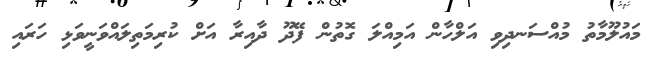
މައުލޫމާތު މުއްސަނދިވި އަލްހާން އަމިއްލަ ގޮތުން ފޭދޫ ދާއިރާ އަށް ކުރިމަތިލައްވަނީވަޅި ހަރައި